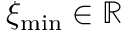
\xi _ { \operatorname* { m i n } } \in \mathbb { R }